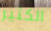
الكثير